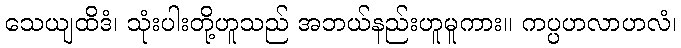
သေယျထိဒံ၊ သုံးပါးတို့ဟူသည် အဘယ်နည်းဟူမူကား။ ကပ္ပဟလာဟလံ၊